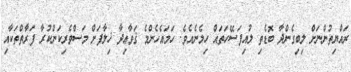
ރައްޔިތުންނަށް ލިބިގެންދާ ބޮޑެތި ލުއިފަސޭހަތައް ހިމެނެއެވެ. ހަމައެހެންމެ ޤަވާޢިދާ ޚިލާފަށް މަސްވެރިކަންކުރާ ފަރާތްތަކާއި